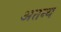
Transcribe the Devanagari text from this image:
अतन्य